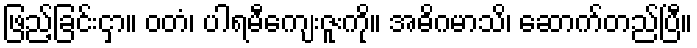
ဖြည့်ခြင်းငှာ။ ဝတံ၊ ပါရမီကျေးဇူးကို။ အဓိဂမာသိ၊ ဆောက်တည်ပြီ။